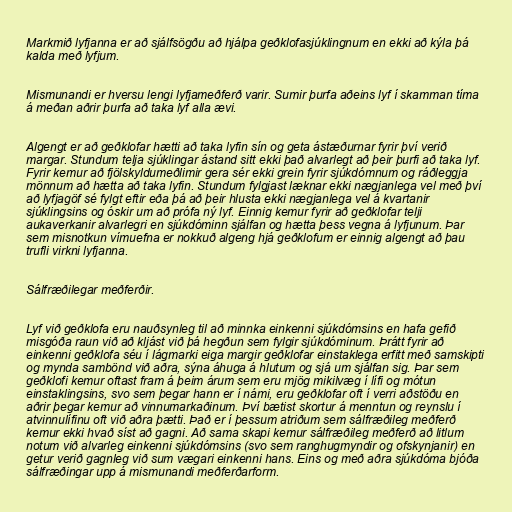
Markmið lyfjanna er að sjálfsögðu að hjálpa geðklofasjúklingnum en ekki að kýla þá
kalda með lyfjum.

Mismunandi er hversu lengi lyfjameðferð varir. Sumir þurfa aðeins lyf í skamman tíma
á meðan aðrir þurfa að taka lyf alla ævi.

Algengt er að geðklofar hætti að taka lyfin sín og geta ástæðurnar fyrir því verið
margar. Stundum telja sjúklingar ástand sitt ekki það alvarlegt að þeir þurfi að taka lyf.
Fyrir kemur að fjölskyldumeðlimir gera sér ekki grein fyrir sjúkdómnum og ráðleggja
mönnum að hætta að taka lyfin. Stundum fylgjast læknar ekki nægjanlega vel með því
að lyfjagöf sé fylgt eftir eða þá að þeir hlusta ekki nægjanlega vel á kvartanir
sjúklingsins og óskir um að prófa ný lyf. Einnig kemur fyrir að geðklofar telji
aukaverkanir alvarlegri en sjúkdóminn sjálfan og hætta þess vegna á lyfjunum. Þar
sem misnotkun vímuefna er nokkuð algeng hjá geðklofum er einnig algengt að þau
trufli virkni lyfjanna.

Sálfræðilegar meðferðir.

Lyf við geðklofa eru nauðsynleg til að minnka einkenni sjúkdómsins en hafa gefið
misgóða raun við að kljást við þá hegðun sem fylgir sjúkdóminum. Þrátt fyrir að
einkenni geðklofa séu í lágmarki eiga margir geðklofar einstaklega erfitt með samskipti
og mynda sambönd við aðra, sýna áhuga á hlutum og sjá um sjálfan sig. Þar sem
geðklofi kemur oftast fram á þeim árum sem eru mjög mikilvæg í lífi og mótun
einstaklingsins, svo sem þegar hann er í námi, eru geðklofar oft í verri aðstöðu en
aðrir þegar kemur að vinnumarkaðinum. Því bætist skortur á menntun og reynslu í
atvinnulífinu oft við aðra þætti. Það er í þessum atriðum sem sálfræðileg meðferð
kemur ekki hvað síst að gagni. Að sama skapi kemur sálfræðileg meðferð að litlum
notum við alvarleg einkenni sjúkdómsins (svo sem ranghugmyndir og ofskynjanir) en
getur verið gagnleg við sum vægari einkenni hans. Eins og með aðra sjúkdóma bjóða
sálfræðingar upp á mismunandi meðferðarform.